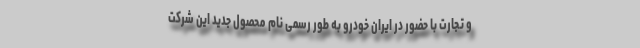
و تجارت با حضور در ایران خودرو به طور رسمی نام محصول جدید این شرکت